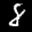
Label: 8